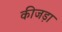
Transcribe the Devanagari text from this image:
कीजड़ा